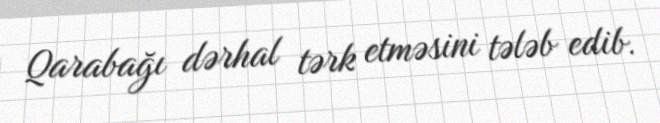
Qarabağı dərhal tərk etməsini tələb edib.